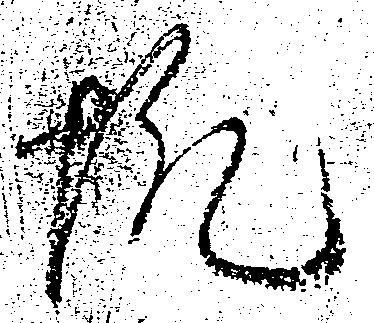
帆